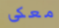
معكى